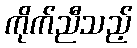
ကိုက်ညီသည့်